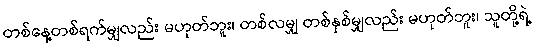
တစ်နေ့တစ်ရက်မျှလည်း မဟုတ်ဘူး၊ တစ်လမျှ တစ်နှစ်မျှလည်း မဟုတ်ဘူး၊ သူတို့ရဲ့